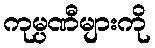
ကုမ္ပဏီများကို